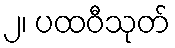
၂၊ ပထဝီသုတ်